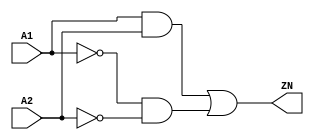
// Copyright 2022 GlobalFoundries PDK Authors
//
// Licensed under the Apache License, Version 2.0 (the "License");
// you may not use this file except in compliance with the License.
// You may obtain a copy of the License at
//
//      http://www.apache.org/licenses/LICENSE-2.0
//
// Unless required by applicable law or agreed to in writing, software
// distributed under the License is distributed on an "AS IS" BASIS,
// WITHOUT WARRANTIES OR CONDITIONS OF ANY KIND, either express or implied.
// See the License for the specific language governing permissions and
// limitations under the License.

module gf180mcu_fd_sc_mcu9t5v0__xnor2_2( A2, A1, ZN );
input A1, A2;
output ZN;

	wire ZN_row1;

	and MGM_BG_0( ZN_row1, A1, A2 );

	wire A1_inv_for_gf180mcu_fd_sc_mcu9t5v0__xnor2_2;

	not MGM_BG_1( A1_inv_for_gf180mcu_fd_sc_mcu9t5v0__xnor2_2, A1 );

	wire A2_inv_for_gf180mcu_fd_sc_mcu9t5v0__xnor2_2;

	not MGM_BG_2( A2_inv_for_gf180mcu_fd_sc_mcu9t5v0__xnor2_2, A2 );

	wire ZN_row2;

	and MGM_BG_3( ZN_row2, A1_inv_for_gf180mcu_fd_sc_mcu9t5v0__xnor2_2, A2_inv_for_gf180mcu_fd_sc_mcu9t5v0__xnor2_2 );

	or MGM_BG_4( ZN, ZN_row1, ZN_row2 );

endmodule